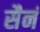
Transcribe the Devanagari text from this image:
सैनं